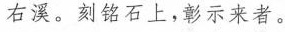
右溪。刻铭石上，彰示来者。